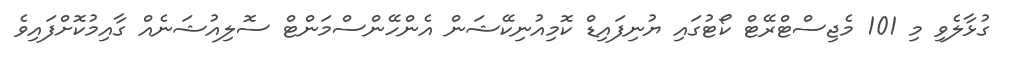
ގުޅާލެވި މި 101 މެޖިސްޓްރޭޓް ކޯޓުގައި ޔުނިފައިޑް ކޮމިއުނިކޭޝަން އެންހޭންސްމަންޓް ސޮލިއުޝަނެއް ގާއިމުކޮށްފައިވެ